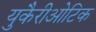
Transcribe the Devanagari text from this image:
युकैरीओटिक